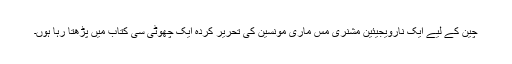
چین کے لیے ایک نارویجیئین مشنری مِس ماری مونسین کی تحریر کردہ ایک چھوٹی سی کتاب میں پڑھتا رہا ہوں۔